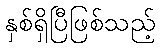
နှစ်ရှိပြီဖြစ်သည့်